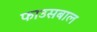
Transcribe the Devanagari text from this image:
फाउसबाल